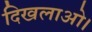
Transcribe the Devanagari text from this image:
दिखलाओ।